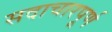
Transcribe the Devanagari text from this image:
सदाचारपूर्ण